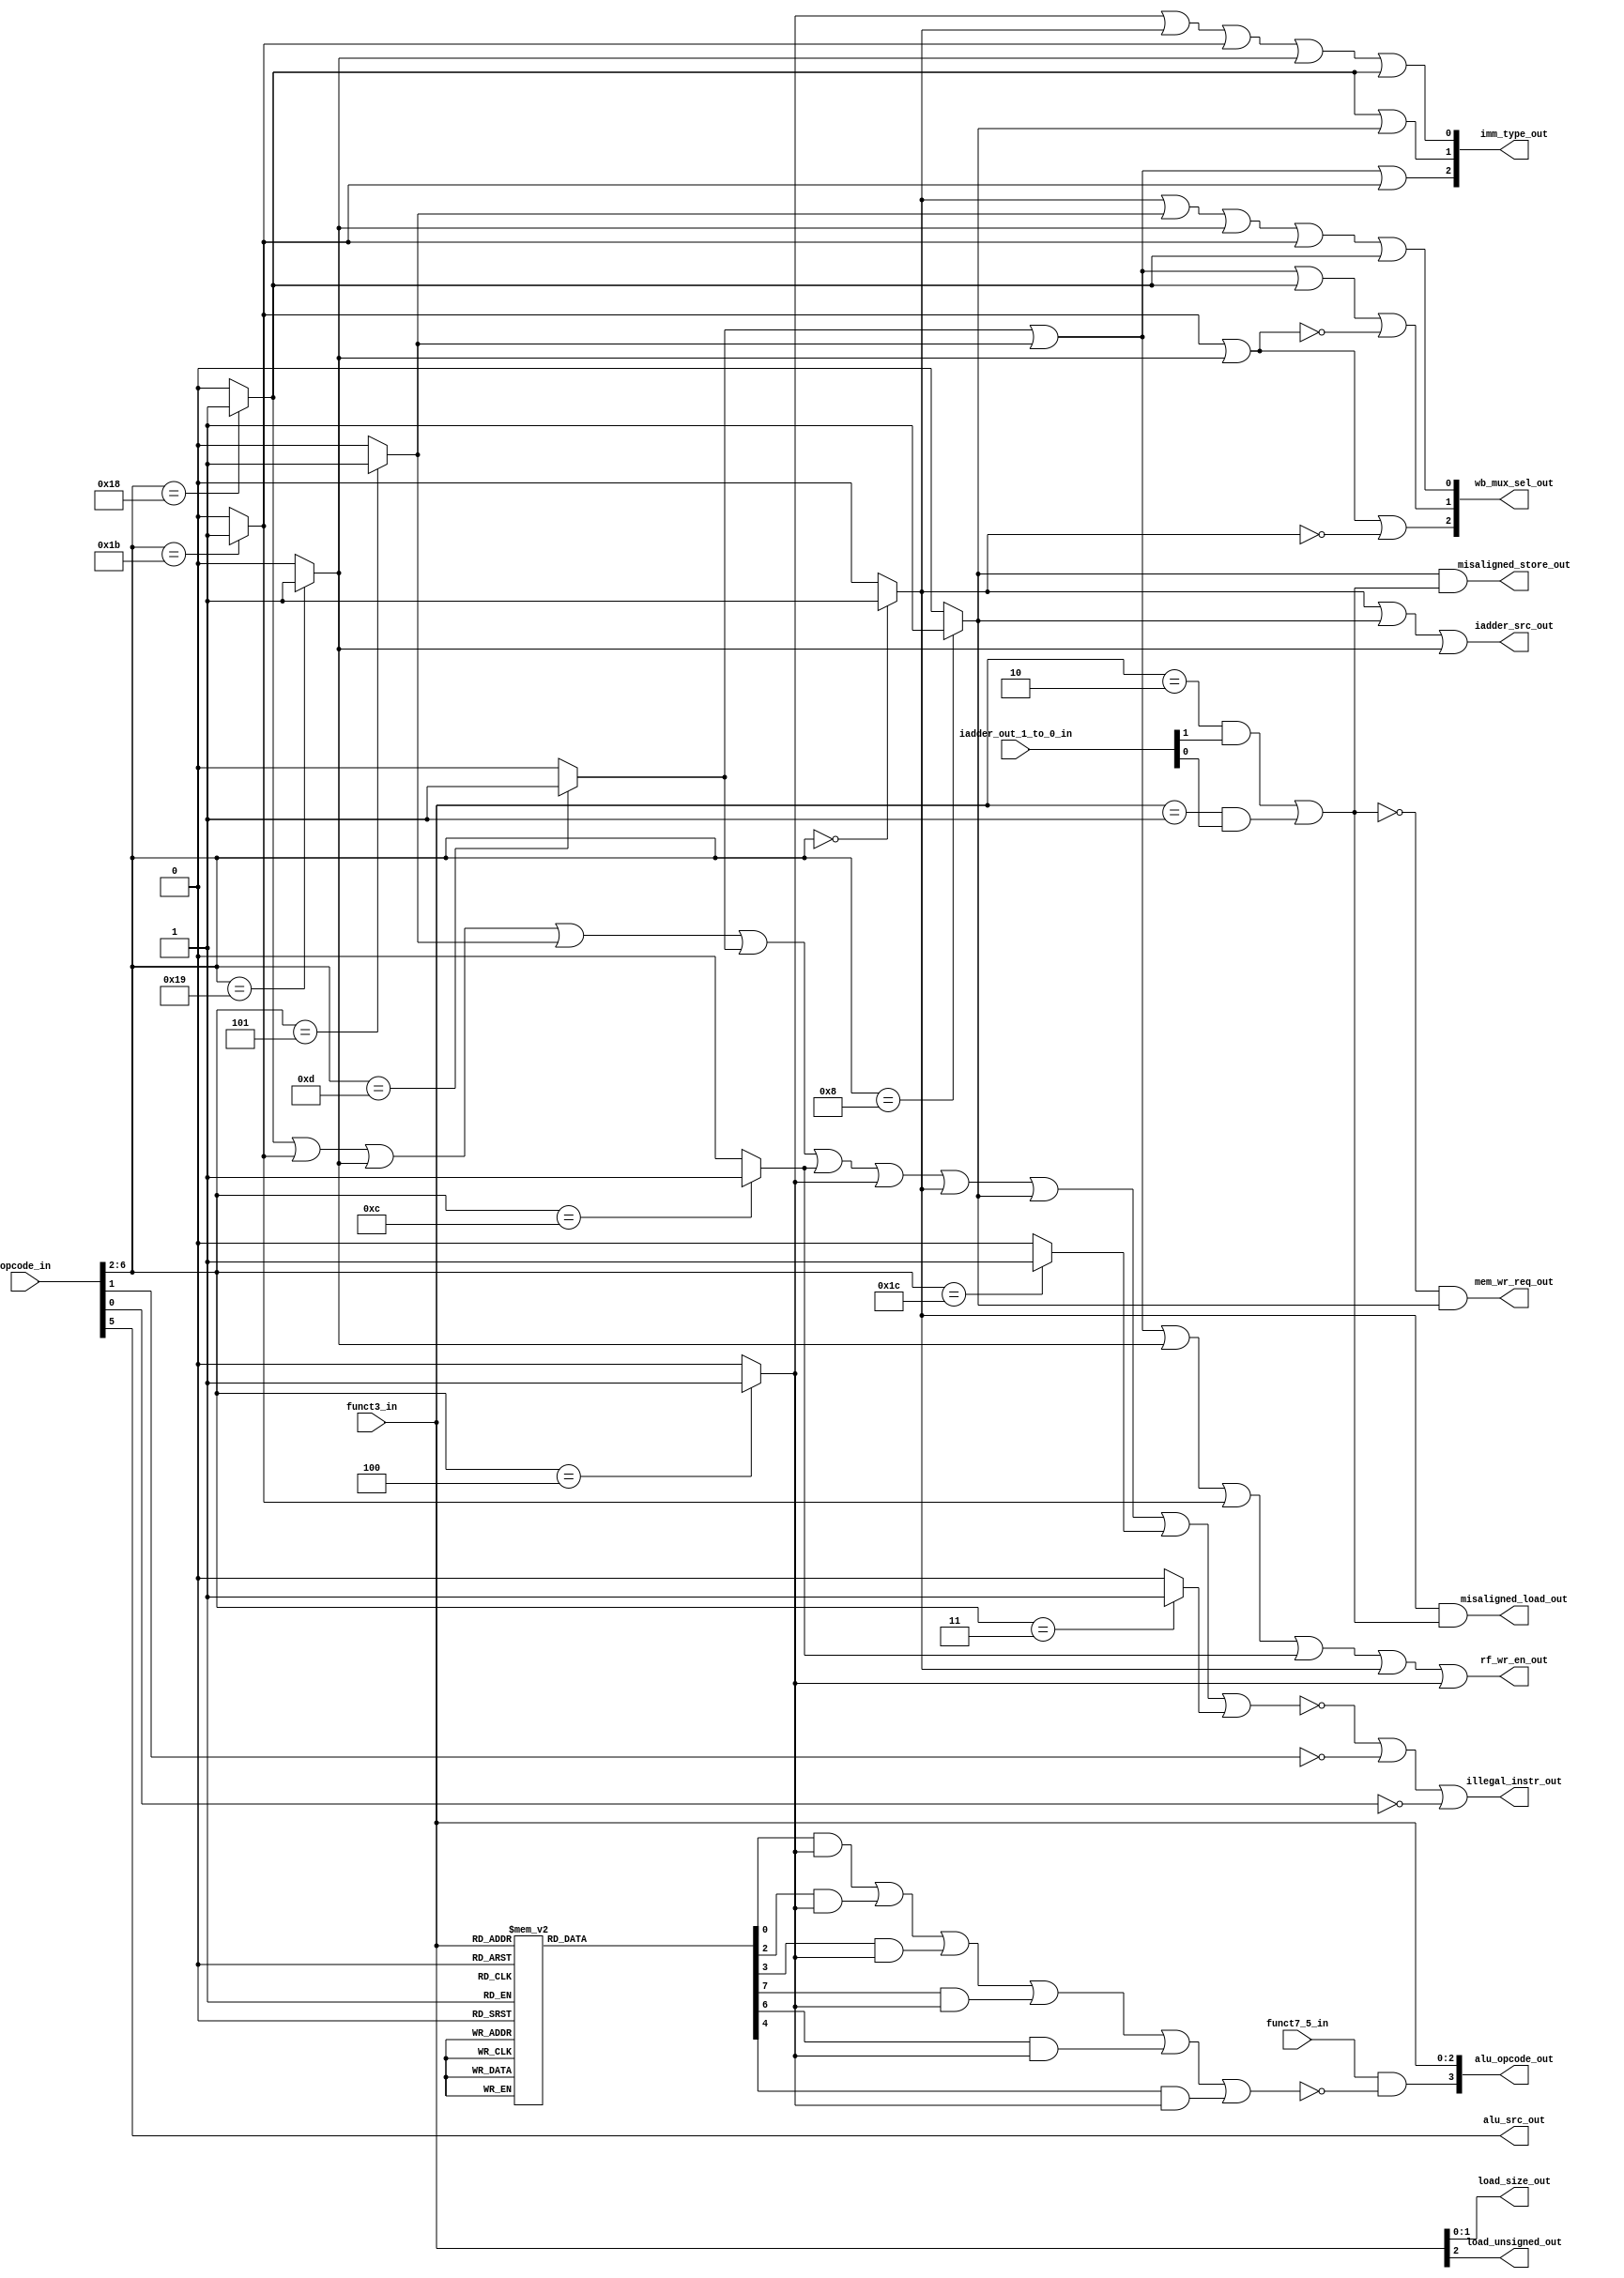
module decoder(
    //input trap_taken_in,
    input funct7_5_in,
    input [6:0] opcode_in,
    input [2:0] funct3_in,
    input [1:0] iadder_out_1_to_0_in,
    output [2:0] wb_mux_sel_out,
    output [2:0] imm_type_out,
    // output [3:0] csr_op_out,
    output mem_wr_req_out,
    output [3:0] alu_opcode_out,
    output [1:0] load_size_out,
    output load_unsigned_out,
    output alu_src_out,
    output iadder_src_out,
    // output csr_wr_en_out,
    output rf_wr_en_out,
    output illegal_instr_out,
    output misaligned_load_out,
    output misaligned_store_out
    );
    
    // OpCode Decoder/Demultiplexer
    wire is_branch, 
         is_jal, 
         is_jalr, 
         is_auipc, 
         is_lui, 
         is_op, 
         is_op_imm, 
         is_load, 
         is_store, 
         is_system, 
         is_misc_mem;
         //is_csr;
         
    assign is_branch    = (opcode_in[6:2] == 5'b11000)? 1'b1 : 1'b0;
    assign is_jal       = (opcode_in[6:2] == 5'b11011)? 1'b1 : 1'b0;
    assign is_jalr      = (opcode_in[6:2] == 5'b11001)? 1'b1 : 1'b0;
    assign is_auipc     = (opcode_in[6:2] == 5'b00101)? 1'b1 : 1'b0;
    assign is_lui       = (opcode_in[6:2] == 5'b01101)? 1'b1 : 1'b0;
    assign is_op        = (opcode_in[6:2] == 5'b01100)? 1'b1 : 1'b0;
    assign is_op_imm    = (opcode_in[6:2] == 5'b00100)? 1'b1 : 1'b0;
    assign is_load      = (opcode_in[6:2] == 5'b00000)? 1'b1 : 1'b0;
    assign is_store     = (opcode_in[6:2] == 5'b01000)? 1'b1 : 1'b0;
    assign is_system    = (opcode_in[6:2] == 5'b11100)? 1'b1 : 1'b0;
    assign is_misc_mem  = (opcode_in[6:2] == 5'b00011)? 1'b1 : 1'b0;
    
    // assign is_csr       = (funct3_in[2] | funct3_in[1] | funct3_in[0]) & is_system;
    
    // funct3 decoder
    reg [7:0] funct3_decoded_net;
    always @ (*)
    begin
        case(funct3_in)
            3'b000: funct3_decoded_net = 8'b00000001;
            3'b001: funct3_decoded_net = 8'b00000010;
            3'b010: funct3_decoded_net = 8'b00000100;
            3'b011: funct3_decoded_net = 8'b00001000;
            3'b100: funct3_decoded_net = 8'b00010000;
            3'b101: funct3_decoded_net = 8'b00100000;
            3'b110: funct3_decoded_net = 8'b01000000;
            3'b111: funct3_decoded_net = 8'b10000000;
        endcase
    end
    
    // Immediate Operations nets
    wire is_addi,
         is_slti,
         is_sltiu,
         is_andi,
         is_ori,
         is_xori;
    
    assign is_addi  = funct3_decoded_net[0] & is_op_imm;
    assign is_slti  = funct3_decoded_net[2] & is_op_imm;
    assign is_sltiu = funct3_decoded_net[3] & is_op_imm;
    assign is_andi  = funct3_decoded_net[7] & is_op_imm;
    assign is_ori   = funct3_decoded_net[6] & is_op_imm;
    assign is_xori  = funct3_decoded_net[4] & is_op_imm;
    
    // is_implemented signal
    wire is_implemented;
    assign is_implemented = (is_branch| is_jal| is_jalr| is_auipc| is_lui| is_op| is_op_imm| is_load| is_store| is_system| is_misc_mem);
    
    // mal_word and mal_half signals
    wire mal_word, mal_half;
    assign mal_word = (funct3_in == 3'b010) & iadder_out_1_to_0_in[1];
    assign mal_half = (funct3_in == 3'b001) & iadder_out_1_to_0_in[0];
    
    
    // Assigning Outputs
    assign alu_opcode_out       = {(funct7_5_in & ~(is_addi | is_slti | is_sltiu | is_andi | is_ori | is_xori)), funct3_in};
    assign load_size_out        = funct3_in[1:0];
    assign load_unsigned_out    = funct3_in[2];
    assign alu_src_out          = opcode_in[5];
    assign iadder_src_out       = is_load | is_store | is_jalr;
    // assign csr_op_out           = funct3_in[2:0];      
    assign rf_wr_en_out         = is_lui | is_auipc | is_jalr | is_jal | is_op | is_load /*| is_csr*/ | is_op_imm;
    // assign csr_wr_en_out        = is_csr;
    
    assign wb_mux_sel_out[0]    = is_load | is_auipc | is_jalr | is_jal | is_branch;
    assign wb_mux_sel_out[1]    = is_lui | is_auipc | | is_branch | ~(is_jal | is_jalr);
    assign wb_mux_sel_out[2]    = /*is_csr |*/ is_jal | is_jalr | ~( is_load );
    
    assign imm_type_out[0]       = is_op_imm | is_load | is_jal | is_jalr | is_branch;
    assign imm_type_out[1]       = is_branch | is_store ;// | is_csr;
    assign imm_type_out[2]       = is_lui | is_auipc | is_jal ; // | is_csr;
    
    assign illegal_instr_out     = ~is_implemented | ~opcode_in[1] | ~opcode_in[0];
    
    assign misaligned_load_out   = is_load & (mal_word | mal_half);
    assign misaligned_store_out  = is_store & (mal_word | mal_half);
    
  assign mem_wr_req_out        = ~(mal_word | mal_half) & is_store /*& trap_taken_in*/;
    
endmodule